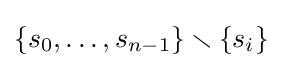
\{s_{0},\ldots ,s_{n-1}\}\smallsetminus \{s_{i}\}